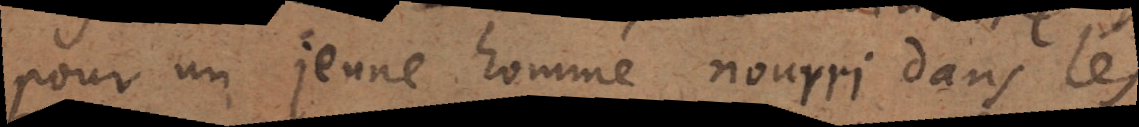
pour un jeune homme nourri dans les